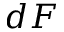
d F